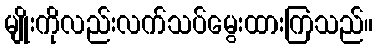
မျိုးကိုလည်းလက်သပ်မွေးထားကြသည်။